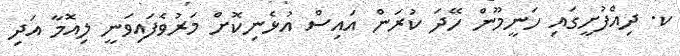
ކ. ދިއްފުށީގައި ހަނީމޫން ހޭދަ ކުރަން އައިސް އުޅެނިކޮށް މަރުވެފައިވަނީ ލިއޮމާ އަދި